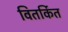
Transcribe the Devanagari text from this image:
वितर्कित